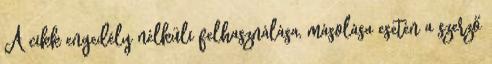
A cikk engedély nélküli felhasználása, másolása esetén a szerző